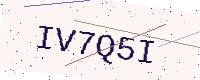
Text: IV7Q5I